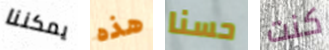
يمكننا هذه حسنا كنت